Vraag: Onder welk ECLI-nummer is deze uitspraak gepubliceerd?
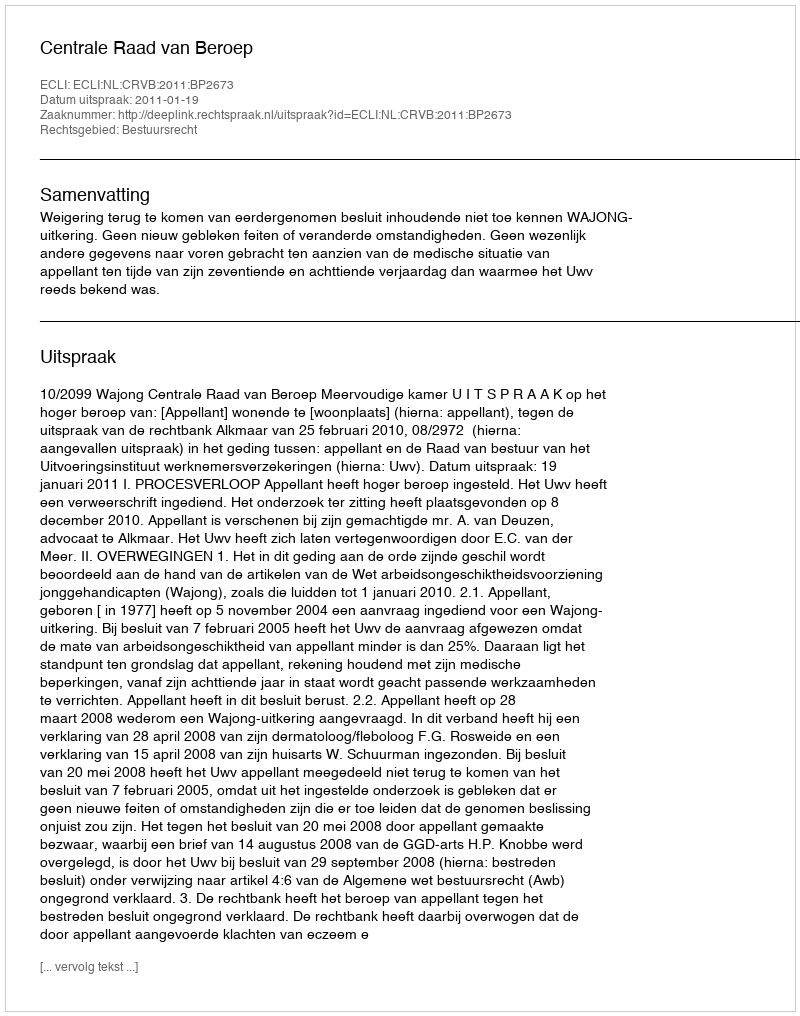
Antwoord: ECLI:NL:CRVB:2011:BP2673